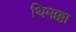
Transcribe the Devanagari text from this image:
थिमक्का